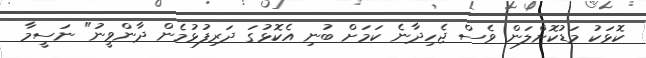
ކޮޅަކު މަޑުކޮށްލަން ވެސް ޖެހިދާނެ ކަމަށް ބުނި އެކޮޅުގަ ދަރިފުޅުމެން ދާންވީނު" ނަސީމާ